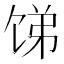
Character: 𬲻